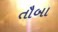
તૌબા